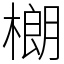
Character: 樃